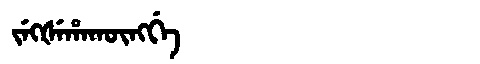
Manchu: ᠵᡝᡴᡧᡝᡥᠠᡴᡡᠩᡤᡝ
Romanization: JEKŠEHAKŪNGGE